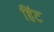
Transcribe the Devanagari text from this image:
हिंट